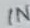
Text: IN